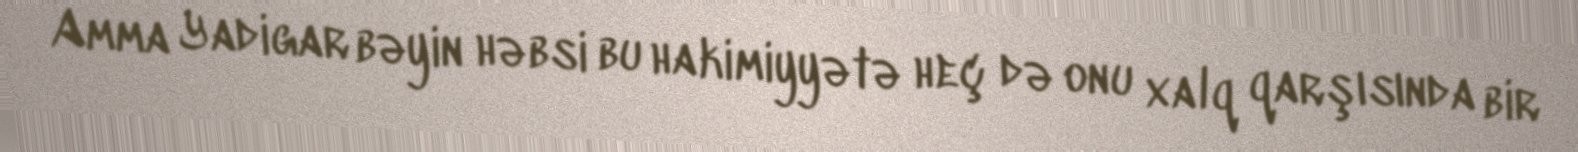
Amma Yadigar bəyin həbsi bu hakimiyyətə heç də onu xalq qarşısında bir